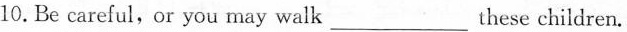
10.Be careful, or you may walk_these children.